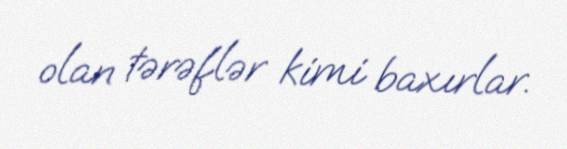
olan tərəflər kimi baxırlar.